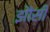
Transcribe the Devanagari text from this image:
झौंसी